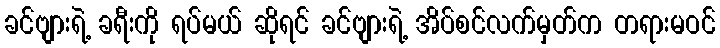
ခင်ဗျားရဲ့ ခရီးကို ရပ်မယ် ဆိုရင် ခင်ဗျားရဲ့ အိပ်စင်လက်မှတ်က တရားမဝင်